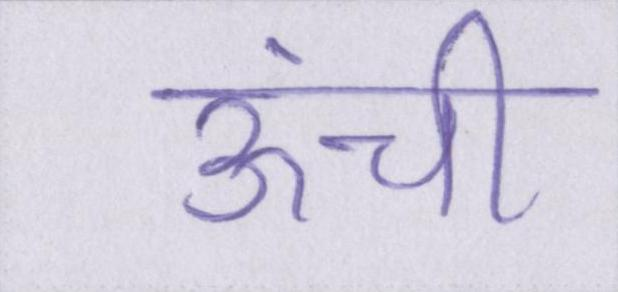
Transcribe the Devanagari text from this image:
ऊंची